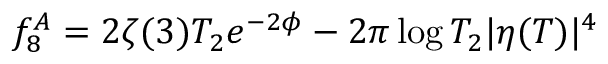
f _ { 8 } ^ { A } = 2 \zeta ( 3 ) T _ { 2 } e ^ { - 2 \phi } - 2 \pi \log T _ { 2 } | \eta ( T ) | ^ { 4 }